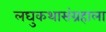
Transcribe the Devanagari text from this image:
लघुकथासंग्रहाला